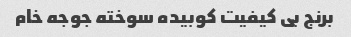
برنج بی کیفیت کوبیده سوخته جوجه خام